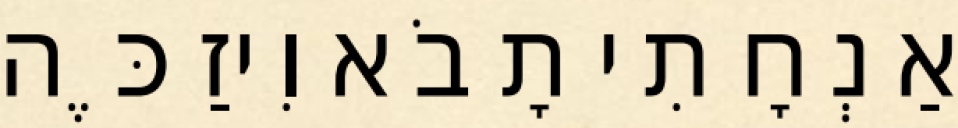
אַנְחָתִי תָבֹא וִיזַכֶּה